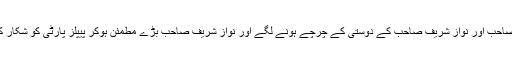
پھر ضیاء الحق صاحب اور نواز شریف صاحب کے دوستی کے چرچے ہونے لگے اور نواز شریف صاحب بڑے مطمئن ہوکر پیپلز پارٹی کو شکار کرتے چلے گئے۔